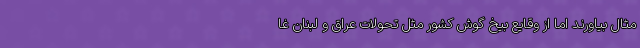
مثال بیاورند اما از وقایع بیخ گوش کشور مثل تحولات عراق و لبنان غا